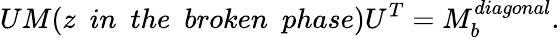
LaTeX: UM(z\ \ in\ \ the\ \ broken\ \ phase)U^{T}=M_{b}^{diagonal}.